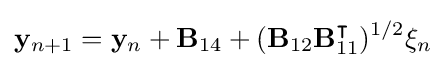
\mathbf {y} _{n+1}=\mathbf {y} _{n}+\mathbf {B} _{14}+(\mathbf {B} _{12}\mathbf {B} _{11}^{\intercal })^{1/2}\mathbf {\xi } _{n}